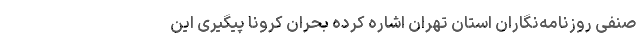
صنفی روزنامه‌نگاران استان تهران اشاره کرده بحران کرونا پیگیری این